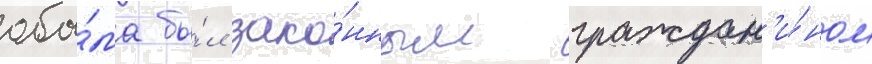
оба́ма бы́л зако́нным граждан'и́ном